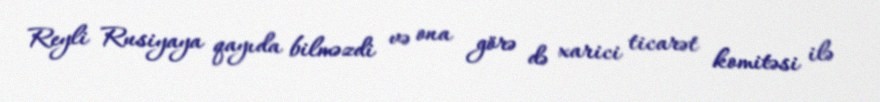
Reyli Rusiyaya qayıda bilməzdi və ona görə də xarici ticarət komitəsi ilə